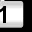
Digit: 1